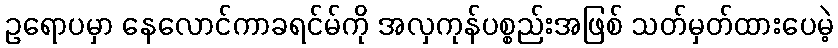
ဥရောပမှာ နေလောင်ကာခရင်မ်ကို အလှကုန်ပစ္စည်းအဖြစ် သတ်မှတ်ထားပေမဲ့